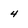
Character: 4